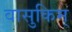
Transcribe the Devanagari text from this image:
वासुकिम्